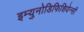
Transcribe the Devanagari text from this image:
इम्युनोडिफिशियेन्सी